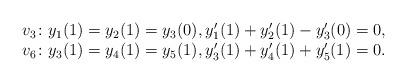
LaTeX: \begin{align*} \begin{array}{l}v_3 \colon y_1(1) = y_2(1) = y_3(0), y'_1(1) + y'_2(1) - y'_3(0) = 0, \\v_6 \colon y_3(1) = y_4(1) = y_5(1), y'_3(1) + y'_4(1) + y'_5(1) = 0.\end{array}\end{align*}